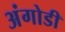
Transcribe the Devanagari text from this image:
अंगोडी